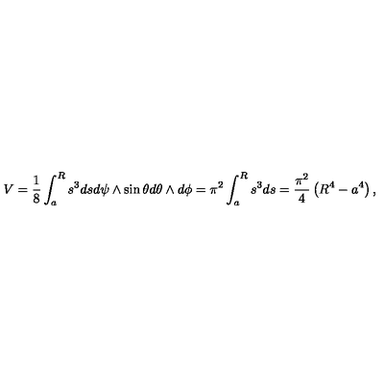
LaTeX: V = \frac { 1 } { 8 } \int _ { a } ^ { R } s ^ { 3 } d s d \psi \wedge \sin \theta d \theta \wedge d \phi = \pi ^ { 2 } \int _ { a } ^ { R } s ^ { 3 } d s = \frac { \pi ^ { 2 } } { 4 } \left( R ^ { 4 } - a ^ { 4 } \right) ,